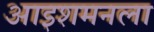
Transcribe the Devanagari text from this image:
आइशमनला